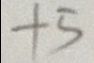
+ 5